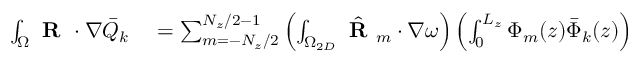
\begin{array} { r l } { \int _ { \Omega } \textbf { R } \cdot \nabla \bar { Q } _ { k } } & { { } = \sum _ { m = - N _ { z } / 2 } ^ { N _ { z } / 2 - 1 } \left( \int _ { \Omega _ { 2 D } } \hat { \textbf { R } } _ { m } \cdot \nabla \omega \right) \left( \int _ { 0 } ^ { L _ { z } } \Phi _ { m } ( z ) \bar { \Phi } _ { k } ( z ) \right) } \end{array}